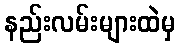
နည်းလမ်းများထဲမှ